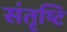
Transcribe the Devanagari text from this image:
संतृष्टि